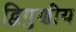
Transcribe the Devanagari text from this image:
द्विगुणीय